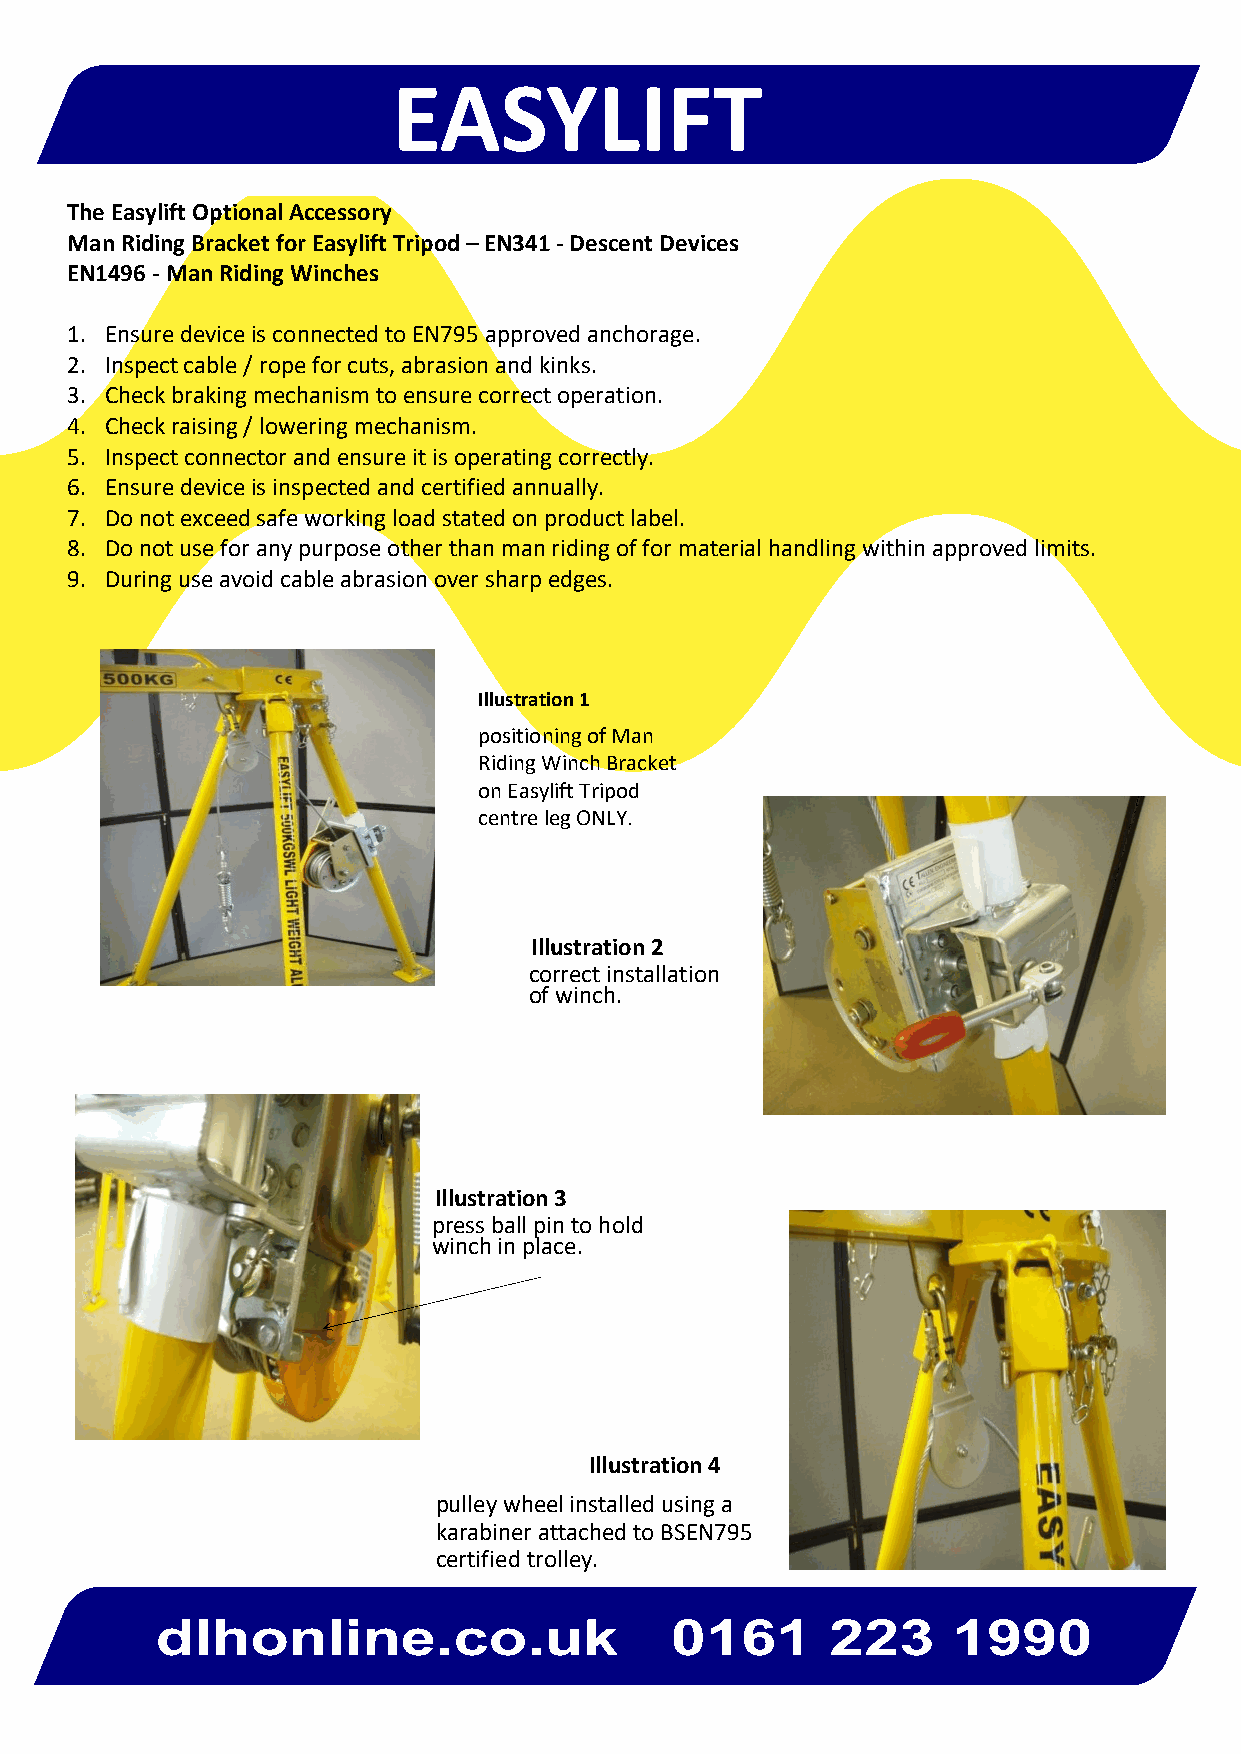
EASYLIFT
 The Easylift Optional Accessory
 Man Riding Bracket for Easylift Tripod – EN341 - Descent Devices
 EN1496 - Man Riding Winches
 1. Ensure device is connected to EN795 approved anchorage.
 2. Inspect cable / rope for cuts, abrasion and kinks.
 3. Check braking mechanism to ensure correct operation.
 4. Check raising / lowering mechanism.
 5. Inspect connector and ensure it is operating correctly.
 6. Ensure device is inspected and certified annually.
 7. Do not exceed safe working load stated on product label.
 8. Do not use for any purpose other than man riding of for material handling within approved limits.
 9. During use avoid cable abrasion over sharp edges.
 Illustration 1
 positioning of Man
 Riding Winch Bracket
 on Easylift Tripod
 centre leg ONLY.
 Illustration 2
 correct installation
 of winch.
 Illustration 3
 press ball pin to hold
 winch in place.
 Illustration 4
 pulley wheel installed using a
 karabiner attached to BSEN795
 certified trolley.
 mdelzhzobnalirnriee.rcso.c.uok.u   k 0 1 6011  6212 32 2139 910990